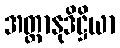
အတ္တာနုဒိဋ္ဌိယာ